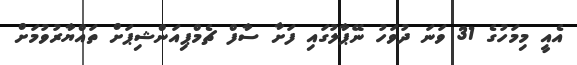
އެއީ މިމަހުގެ 31 ވަނަ ދުވަހު ނޭޕާލުގައި ފަށާ ސާފް ޗެމްޕިއަންޝިޕަށް ތައްޔާރުވުމަށް